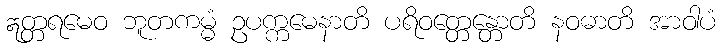
ဣတ္တရမေဝ ဘူတကမ္မံ ဥပက္ကမေနာတိ ပရိဝတ္တေန္တောတိ နဝဓာတိ အာဝါပံ